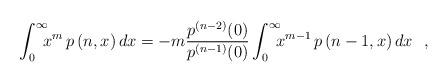
LaTeX: \begin{align*}\int_0^{\infty}\!\!\!x^{m}\,p\,(n,x)\,dx=-m\frac{p^{(n-2)}(0)}{p^{(n-1)}(0)}\int_0^{\infty}\!\!\!x^{m-1} \,p\,(n-1,x)\,dx \ \ ,\end{align*}